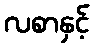
လစာနှင့်